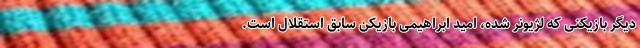
دیگر بازیکنی که لژیونر شده، امید ابراهیمی بازیکن سابق استقلال است.